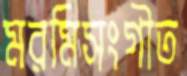
মরমিসংগীত